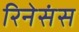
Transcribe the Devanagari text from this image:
रिनेसंस